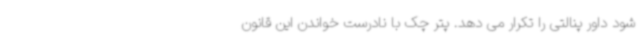
شود داور پنالتی را تکرار می دهد. پتر چک با نادرست خواندن این قانون